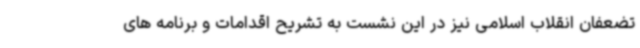
تضعفان انقلاب اسلامی نیز در این نشست به تشریح اقدامات و برنامه های